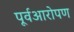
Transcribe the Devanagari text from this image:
पूर्वआरोपण